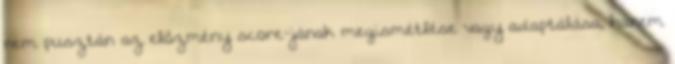
nem pusztán az előzmény score-jának megismétlése vagy adaptálása, hanem